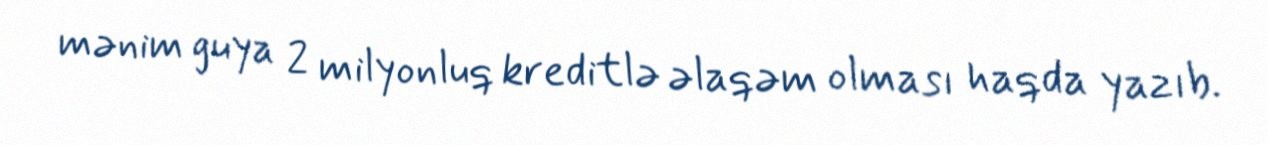
mənim guya 2 milyonluq kreditlə əlaqəm olması haqda yazıb.